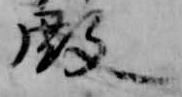
殿